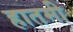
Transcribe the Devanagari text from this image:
हातमी